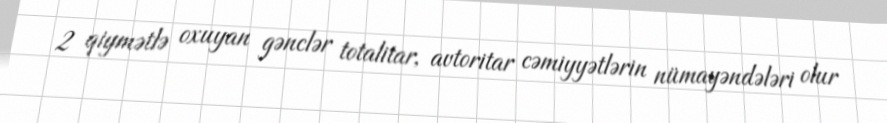
2 qiymətlə oxuyan gənclər totalitar, avtoritar cəmiyyətlərin nümayəndələri olur